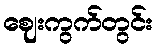
ဈေးကွက်တွင်း